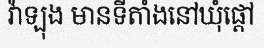
វ៉ាឡុង មានទីតាំងនៅឃុំផ្តៅ